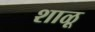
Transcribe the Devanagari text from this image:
शाळू